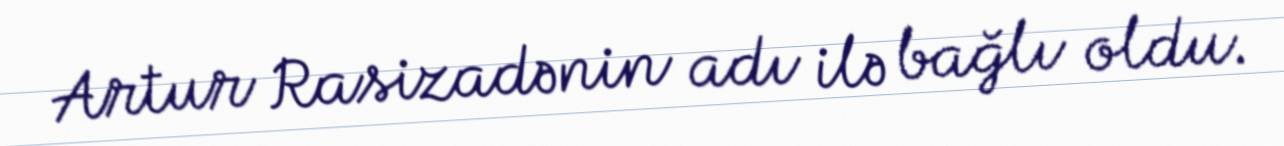
Artur Rasizadənin adı ilə bağlı oldu.